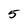
Character: 5